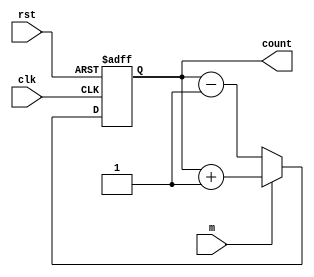
module counter(clk,m,rst,count);
  input clk,rst,m;
  output reg [3:0]count;
  always @(posedge clk or negedge rst)
    begin
      if(!rst)
        count = 0;
      else
        if(m)
          count = count + 1;
      	else
          count = count - 1;
    end
endmodule